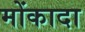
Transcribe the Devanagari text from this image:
मोंकादा